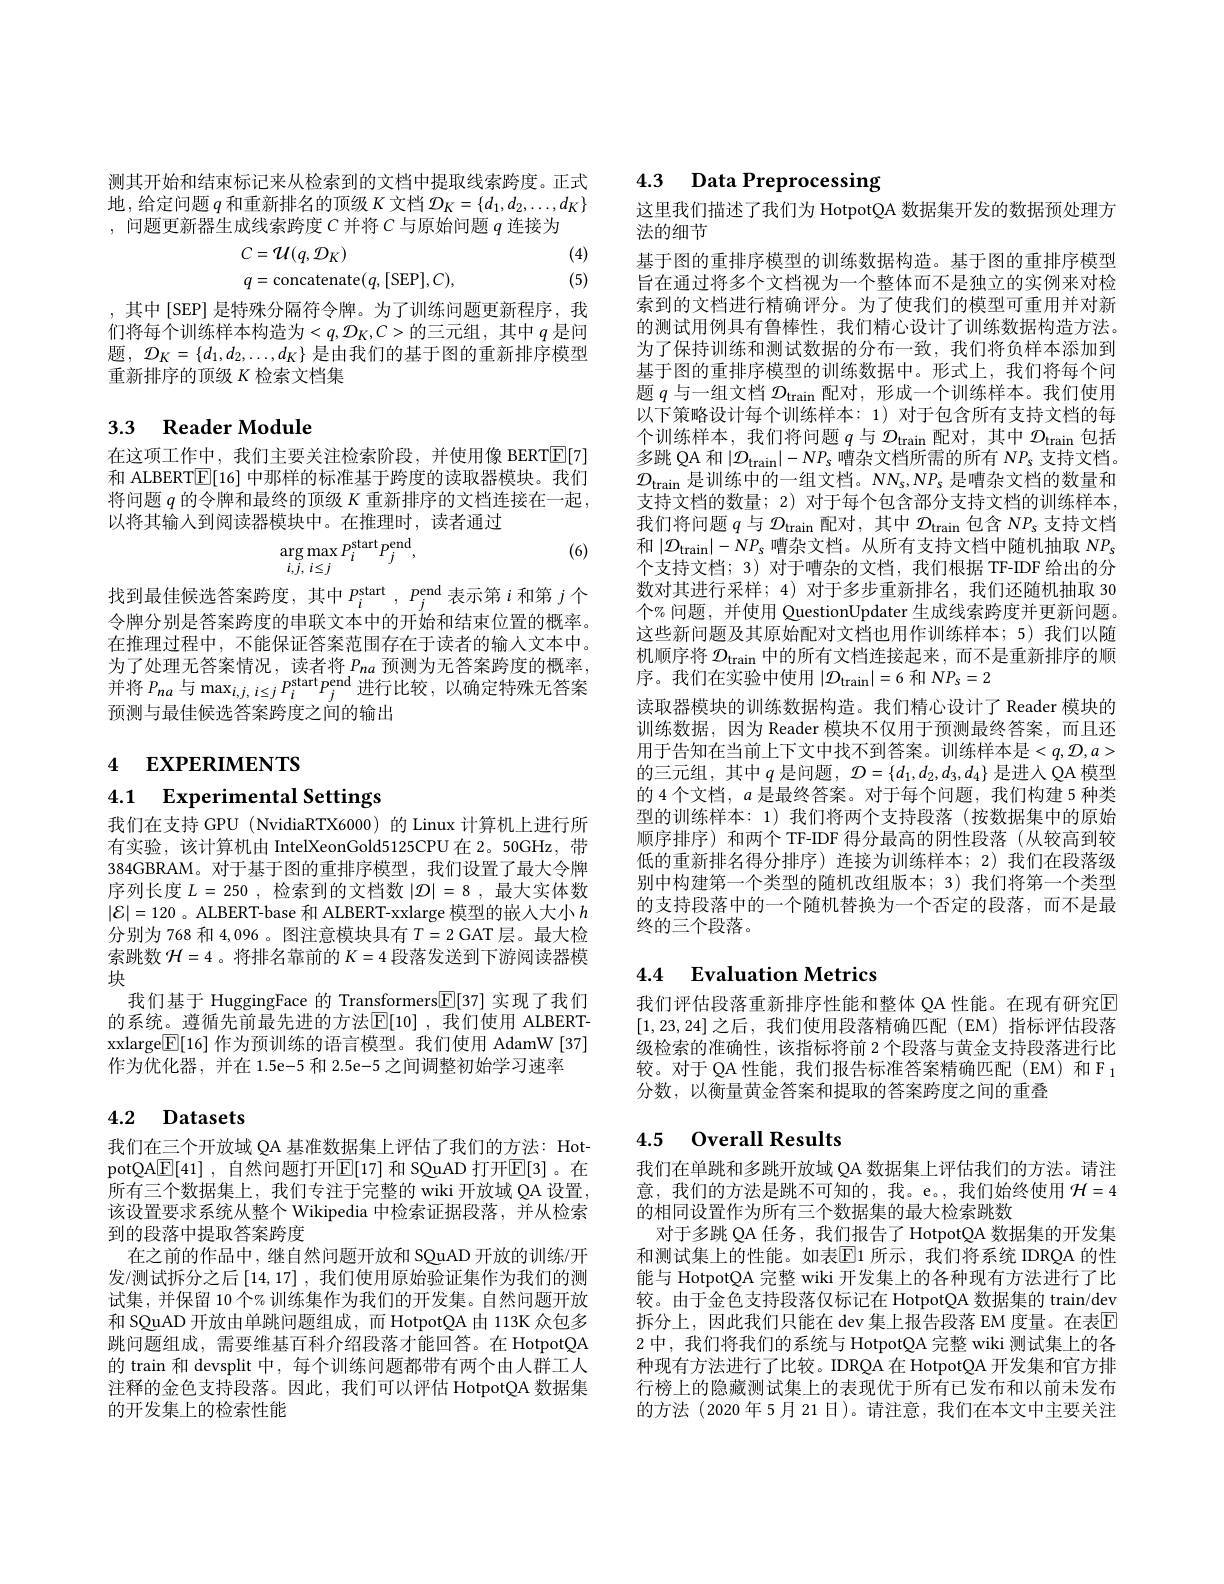
测其开始和结束标记来从检索到的文档中提取线索跨度。正式地，给定问题$q$和重新排名的顶级$K$文档$\mathcal{D}_K=\{d_1,d_2,\ldots,d_K\}$ ,问题更新器生成线索跨度$C$并将$C$与原始问题$q$连接为
$$\begin{aligned}&C=\mathcal{U}(q,\mathcal{D}_{K})\\&q=\mathrm{concatenate}(q,[\mathrm{SEP}],C),\end{aligned}$$
(4) (5)

,其中[SEP] 是特殊分隔符令牌。为了训练问题更新程序，我们将每个训练样本构造为$<q,\mathcal{D}_K,C>$的三元组，其中 $q$ 是问题，${\mathcal{D} }_K= \{ d_1, d_2, \ldots , d_K\}$ 是由我们的基于图的重新排序模型重新排序的顶级 K 检索文档集

# 3.3 Reader Module

在这项工作中，我们主要关注检索阶段，并使用像 BERT$\boxed{\mathrm{E}}[7]$ 和 ALBERT[E[16] 中那样的标准基于跨度的读取器模块。我们将问题$q$的令牌和最终的顶级$K$重新排序的文档连接在一起， 以将其输入到阅读器模块中。在推理时，读者通过
$$\arg\max_{i,j,\:i\leq j}P_{i}^{\mathrm{start}}P_{j}^{\mathrm{end}},$$
(6)

找到最佳候选答案跨度，其中$P_i^\mathrm{start},P_j^\mathrm{end}$表示第$i$和第$j$个令牌分别是答案跨度的串联文本中的开始和结束位置的概率。在推理过程中，不能保证答案范围存在于读者的输人文本中。为了处理无答案情况，读者将$P_{na}$预测为无答案跨度的概率， 并将$P_{na}$与$\max_{i,j,\:i\leq j}P_i^\mathrm{start}P_j^\mathrm{end}$进行比较，以确定特殊无答案预测与最佳候选答案跨度之间的输出

# 4 EXPERIMENTS

## 4.1 Experimental Settings

我们在支持 GPU (NvidiaRTX6000) 的 Linux 计算机上进行所有实验，该计算机由 IntelXeonGold5125CPU 在 2。50GHz, 带384GBRAM。对于基于图的重排序模型，我们设置了最大令牌序列长度$L= 250$ ,检索到的文档数$| \mathcal{D} | = 8$ ,最大实体数$|\mathcal{E}|=120$ 。ALBERT-base 和 ALBERT-xxlarge 模型的嵌人大小$h$ 分别为 768 和 4,096 。图注意模块具有$T=2$ GAT 层。最大检索跳数$\mathcal{H}=4$ 。将排名靠前的$K=4$段落发送到下游阅读器模块
我们基于 HuggingFace 的 Transformers$\boxed{\mathbb{E}}[37]$实现了我们的系统。遵循先前最先进的方法$\mathbb{E}[10]$ ,我们使用 ALBERTxxlarge$\boxed{\mathbb{F}}[16]$作为预训练的语言模型。我们使用 AdamW [37] 作为优化器，并在 1.5e-5 和 2.5e-5 之间调整初始学习速率

# 4.2 Datasets

我们在三个开放域 QA 基准数据集上评估了我们的方法：HotpotQA$\underline {\mathbb{F} }[ 41]$ , 自然问题打开$\overline{\mathbb{E}}[17]$ 和 SQuAD 打开$\overline{\mathbb{E}}[3]$ 。在所有三个数据集上，我们专注于完整的 wiki 开放域 QA 设置， 该设置要求系统从整个 Wikipedia 中检索证据段落，并从检索到的段落中提取答案跨度
在之前的作品中，继自然问题开放和 SQuAD 开放的训练/开发/测试拆分之后$\left[14,17\right]$, 我们使用原始验证集作为我们的测试集，并保留 10 个% 训练集作为我们的开发集。自然问题开放和 SQuAD 开放由单跳问题组成，而 HotpotQA 由 113K 众包多跳问题组成，需要维基百科介绍段落才能回答。在 HotpotQA 的 train 和 devsplit 中，每个训练问题都带有两个由人群工人注释的金色支持段落。因此，我们可以评估 HotpotQA 数据集的开发集上的检索性能

4.3 Data Preprocessing

这里我们描述了我们为 HotpotQA 数据集开发的数据预处理方
法的细节

基于图的重排序模型的训练数据构造。基于图的重排序模型旨在通过将多个文档视为一个整体而不是独立的实例来对检索到的文档进行精确评分。为了使我们的模型可重用并对新的测试用例具有鲁棒性，我们精心设计了训练数据构造方法。为了保持训练和测试数据的分布一致，我们将负样本添加到基于图的重排序模型的训练数据中。形式上，我们将每个问题$q$与一组文档$\mathcal{D}_\mathrm{train}$配对，形成一个训练样本。我们使用以下策略设计每个训练样本：1)对于包含所有支持文档的每个训练样本，我们将问题$q$与$\mathcal{D}_\mathrm{train}$配对，其中$\mathcal{D}_\mathrm{train}$包括多跳 QA 和$|\mathcal{D}_\mathrm{train}|-NP_{s}$嘈杂文档所需的所有$NP_s$支持文档。$\mathcal{D}_{\mathrm{train}}$是训练中的一组文档。$NN_{\mathrm{s}},NP_{\mathrm{s}}$ 是嘈杂文档的数量和支持文档的数量；2) 对于每个包含部分支持文档的训练样本， 我们将问题$q$与$\mathcal{D}_\mathrm{train}$配对，其中$\mathcal{D}_\mathrm{train}$包含$NP_s$支持文档和$|\mathcal{D}_{\mathrm{train}}|-NP_{s}$嘈杂文档。从所有支持文档中随机抽取$NP_{s}$ 个支持文档；3) 对于嘈杂的文档，我们根据 TF-IDF 给出的分数对其进行采样；4) 对于多步重新排名，我们还随机抽取 30个% 问题，并使用 QuestionUpdater 生成线索跨度并更新问题。这些新问题及其原始配对文档也用作训练样本；5)我们以随机顺序将$\mathcal{D}_\mathrm{train}$中的所有文档连接起来，而不是重新排序的顺序。我们在实验中使用$\left|\mathcal{D}_{\mathrm{train}}\right|=6$ 和 $NP_{\mathrm{s}}=2$
读取器模块的训练数据构造。我们精心设计了 Reader 模块的训练数据，因为 Reader 模块不仅用于预测最终答案，而且还用于告知在当前上下文中找不到答案。训练样本是$<q,\mathcal{D},a>$ 的三元组，其中$q$ 是问题，$\mathcal{D}=\{d_1,d_2,d_3,d_4\}$ 是进入 QA 模型的 4 个文档，$a$是最终答案。对于每个问题，我们构建 5 种类型的训练样本：1) 我们将两个支持段落(按数据集中的原始顺序排序) 和两个 TF-IDF 得分最高的阴性段落(从较高到较低的重新排名得分排序)连接为训练样本；2)我们在段落级别中构建第一个类型的随机改组版本；3) 我们将第一个类型的支持段落中的一个随机替换为一个否定的段落，而不是最终的三个段落。

# 4.4 Evaluation Metrics

我们评估段落重新排序性能和整体 QA 性能。在现有研究$\overline{\mathrm{E}}$ [1,23,24]之后，我们使用段落精确匹配(EM)指标评估段落级检索的准确性，该指标将前 2 个段落与黄金支持段落进行比较。对于 QA 性能，我们报告标准答案精确匹配(EM)和 和 F 1分数，以衡量黄金答案和提取的答案跨度之间的重叠

## 4.5 Overall Results

我们在单跳和多跳开放域 QA 数据集上评估我们的方法。请注意，我们的方法是跳不可知的，我。e。,我们始终使用$\mathcal{H}=4$ 的相同设置作为所有三个数据集的最大检索跳数
对于多跳 QA 任务 , 我们报告了 HotpotQA 数据集的开发集和测试集上的性能。如表$\boxed{\mathrm{E}}$1 所示，我们将系统 IDRQA 的性能与 HotpotQA 完整 wiki 开发集上的各种现有方法进行了比较。由于金色支持段落仅标记在 HotpotQA 数据集的 train/dev 拆分上，因此我们只能在 dev 集上报告段落 EM 度量。在表$\mathbb{E}$ 2 中，我们将我们的系统与 HotpotQA 完整 wiki 测试集上的各种现有方法进行了比较。IDRQA 在 HotpotQA 开发集和官方排行榜上的隐藏测试集上的表现优于所有已发布和以前未发布的方法(2020 年 5月 21 日)。请注意，我们在本文中主要关注